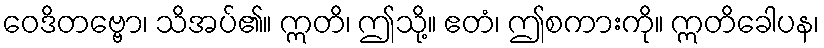
ဝေဒိတဗ္ဗော၊ သိအပ်၏။ ဣတိ၊ ဤသို့။ ဧတံ၊ ဤစကားကို။ ဣတိခေါပန၊